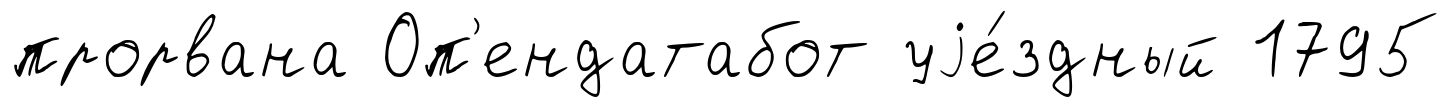
прорвана Оп'ендатабот уjе́здный 1795